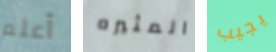
أعلم المثيره يجيب